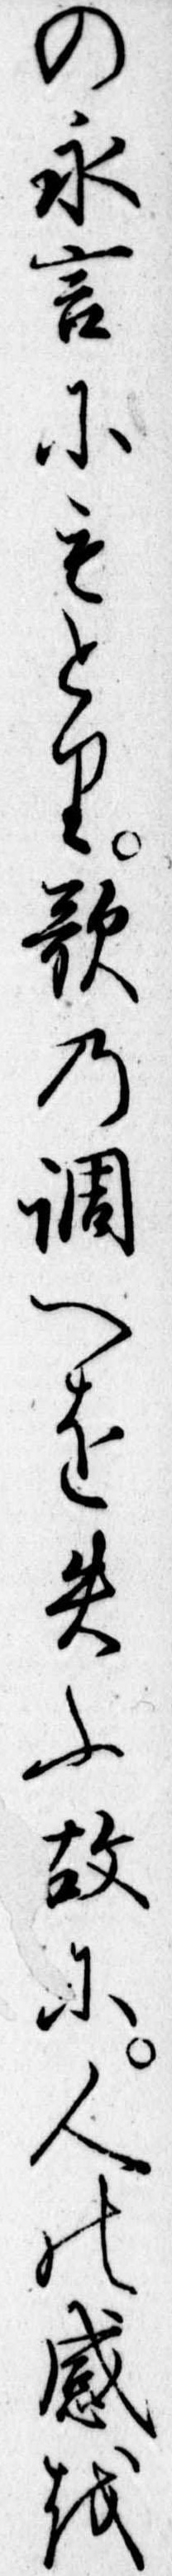
の永言にもとり歌の調へを失ふ故に人の感を